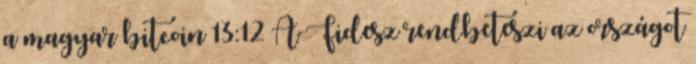
a magyar bitcoin 13:12 A Fidesz rendbeteszi az országot